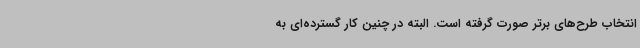
انتخاب طرح‌های برتر صورت گرفته است. البته در چنین کار گسترده‌ای به